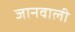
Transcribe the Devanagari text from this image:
जानवाली